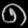
Digit: ၈